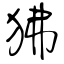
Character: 狒